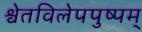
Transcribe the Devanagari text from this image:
श्वेतविलेपपुष्पम्